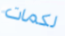
لكمات